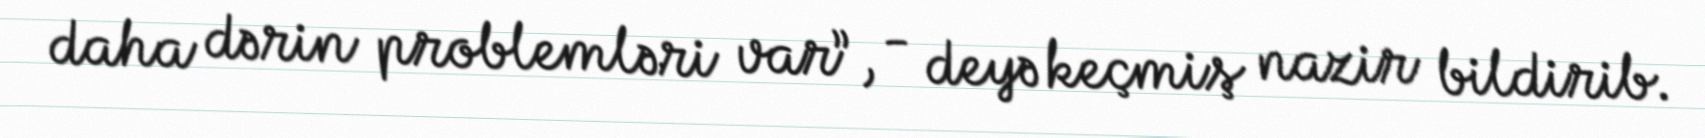
daha dərin problemləri var”, - deyə keçmiş nazir bildirib.